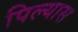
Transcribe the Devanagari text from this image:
पिल्यास